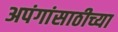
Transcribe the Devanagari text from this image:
अपंगांसाठीच्या